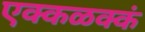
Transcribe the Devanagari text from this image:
एक्कळक्कं